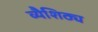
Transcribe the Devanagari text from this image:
व्यैशिठ्य